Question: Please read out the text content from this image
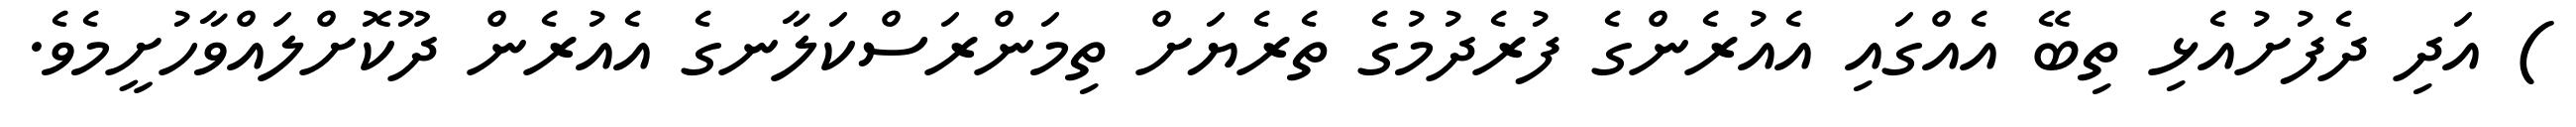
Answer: ) އަދި ދެފުށުއެޅި ތިބޭ އެއްގައި އެއުރެންގެ ފުރެދުމުގެ ތެރެޔަށް ތިމަންރަސްކަލާނގެ އެއުރެން ދޫކޮށްލައްވާހުށީމެވެ.